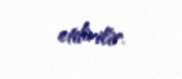
etdirilir.